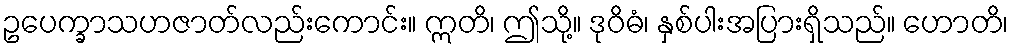
ဥပေက္ခာသဟဇာတ်လည်းကောင်း။ ဣတိ၊ ဤသို့။ ဒုဝိဓံ၊ နှစ်ပါးအပြားရှိသည်။ ဟောတိ၊